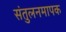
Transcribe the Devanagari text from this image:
संतुलनमापक